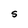
Character: S